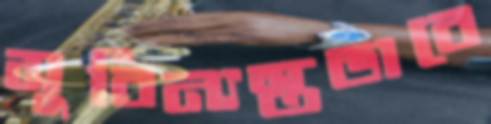
সুবিন্যস্তভাবে